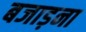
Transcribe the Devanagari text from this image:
बजाड़ना